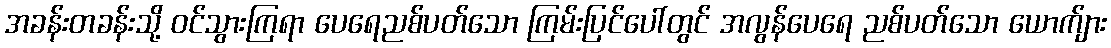
အခန်းတခန်းသို့ ဝင်သွားကြရာ ပေရေညစ်ပတ်သော ကြမ်းပြင်ပေါ်တွင် အလွန်ပေရေ ညစ်ပတ်သော ယောက်ျား